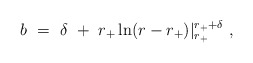
\begin{align*}b~=~\delta~+~r_+\ln(r-r_+)|_{r_+}^{r_+ + \delta}~,\end{align*}